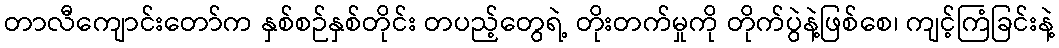
တာလီကျောင်းတော်က နှစ်စဉ်နှစ်တိုင်း တပည့်တွေရဲ့ တိုးတက်မှုကို တိုက်ပွဲနဲ့ဖြစ်စေ၊ ကျင့်ကြံခြင်းနဲ့